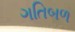
ગતિબળ